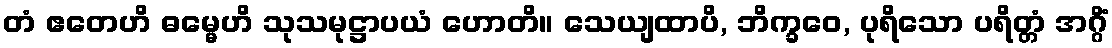
တံ ဧတေဟိ ဓမ္မေဟိ သုသမုဋ္ဌာပယံ ဟောတိ။ သေယျထာပိ, ဘိက္ခဝေ, ပုရိသော ပရိတ္တံ အဂ္ဂိံ